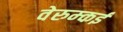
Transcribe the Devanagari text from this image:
वेरुम्कई